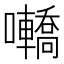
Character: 𡅫